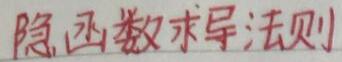
隐函数求导法则